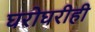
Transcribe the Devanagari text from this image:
घरोघरीही